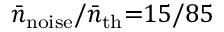
\bar { n } _ { \mathrm { n o i s e } } / \bar { n } _ { \mathrm { t h } } { = } 1 5 / 8 5